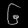
Digit: ၆